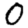
Digit: 0